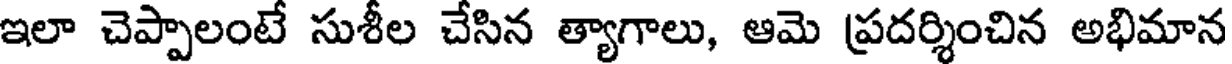
ఇలా చెప్పాలంటే సుశీల చేసిన త్యాగాలు, ఆమె ప్రదర్శించిన అభిమాన